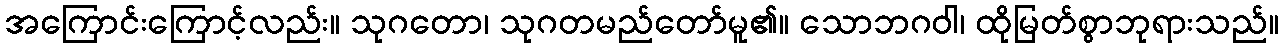
အကြောင်းကြောင့်လည်း။ သုဂတော၊ သုဂတမည်တော်မူ၏။ သောဘဂဝါ၊ ထိုမြတ်စွာဘုရားသည်။